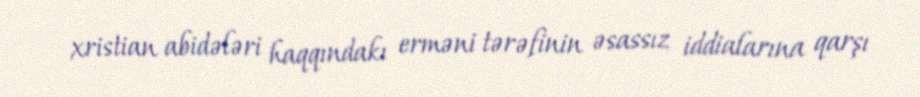
xristian abidələri haqqındakı erməni tərəfinin əsassız iddialarına qarşı